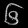
Digit: ၆